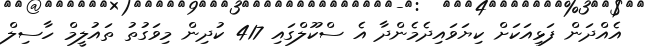
އެއްދަން ފަޅިއަކަށް ކިޔަވައިދެމެންދާ އެ ސްކޫލްގައި 417 ކުދިން މިވަގުތު ތައުލީމް ހާސިލް